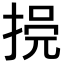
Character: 𢮺